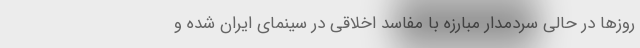
روزها در حالی سردمدار مبارزه با مفاسد اخلاقی در سینمای ایران شده و